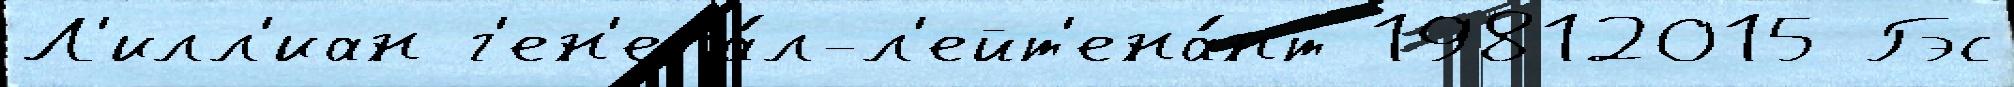
Л'илл'иан г'ен'ера́л-л'ейт'ена́нт 19812015 Гэс